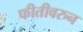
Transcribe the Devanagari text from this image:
फीतीवरुन